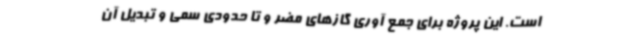
است. این پروژه برای جمع آوری گازهای مضر و تا حدودی سمی و تبدیل آن